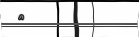
٧